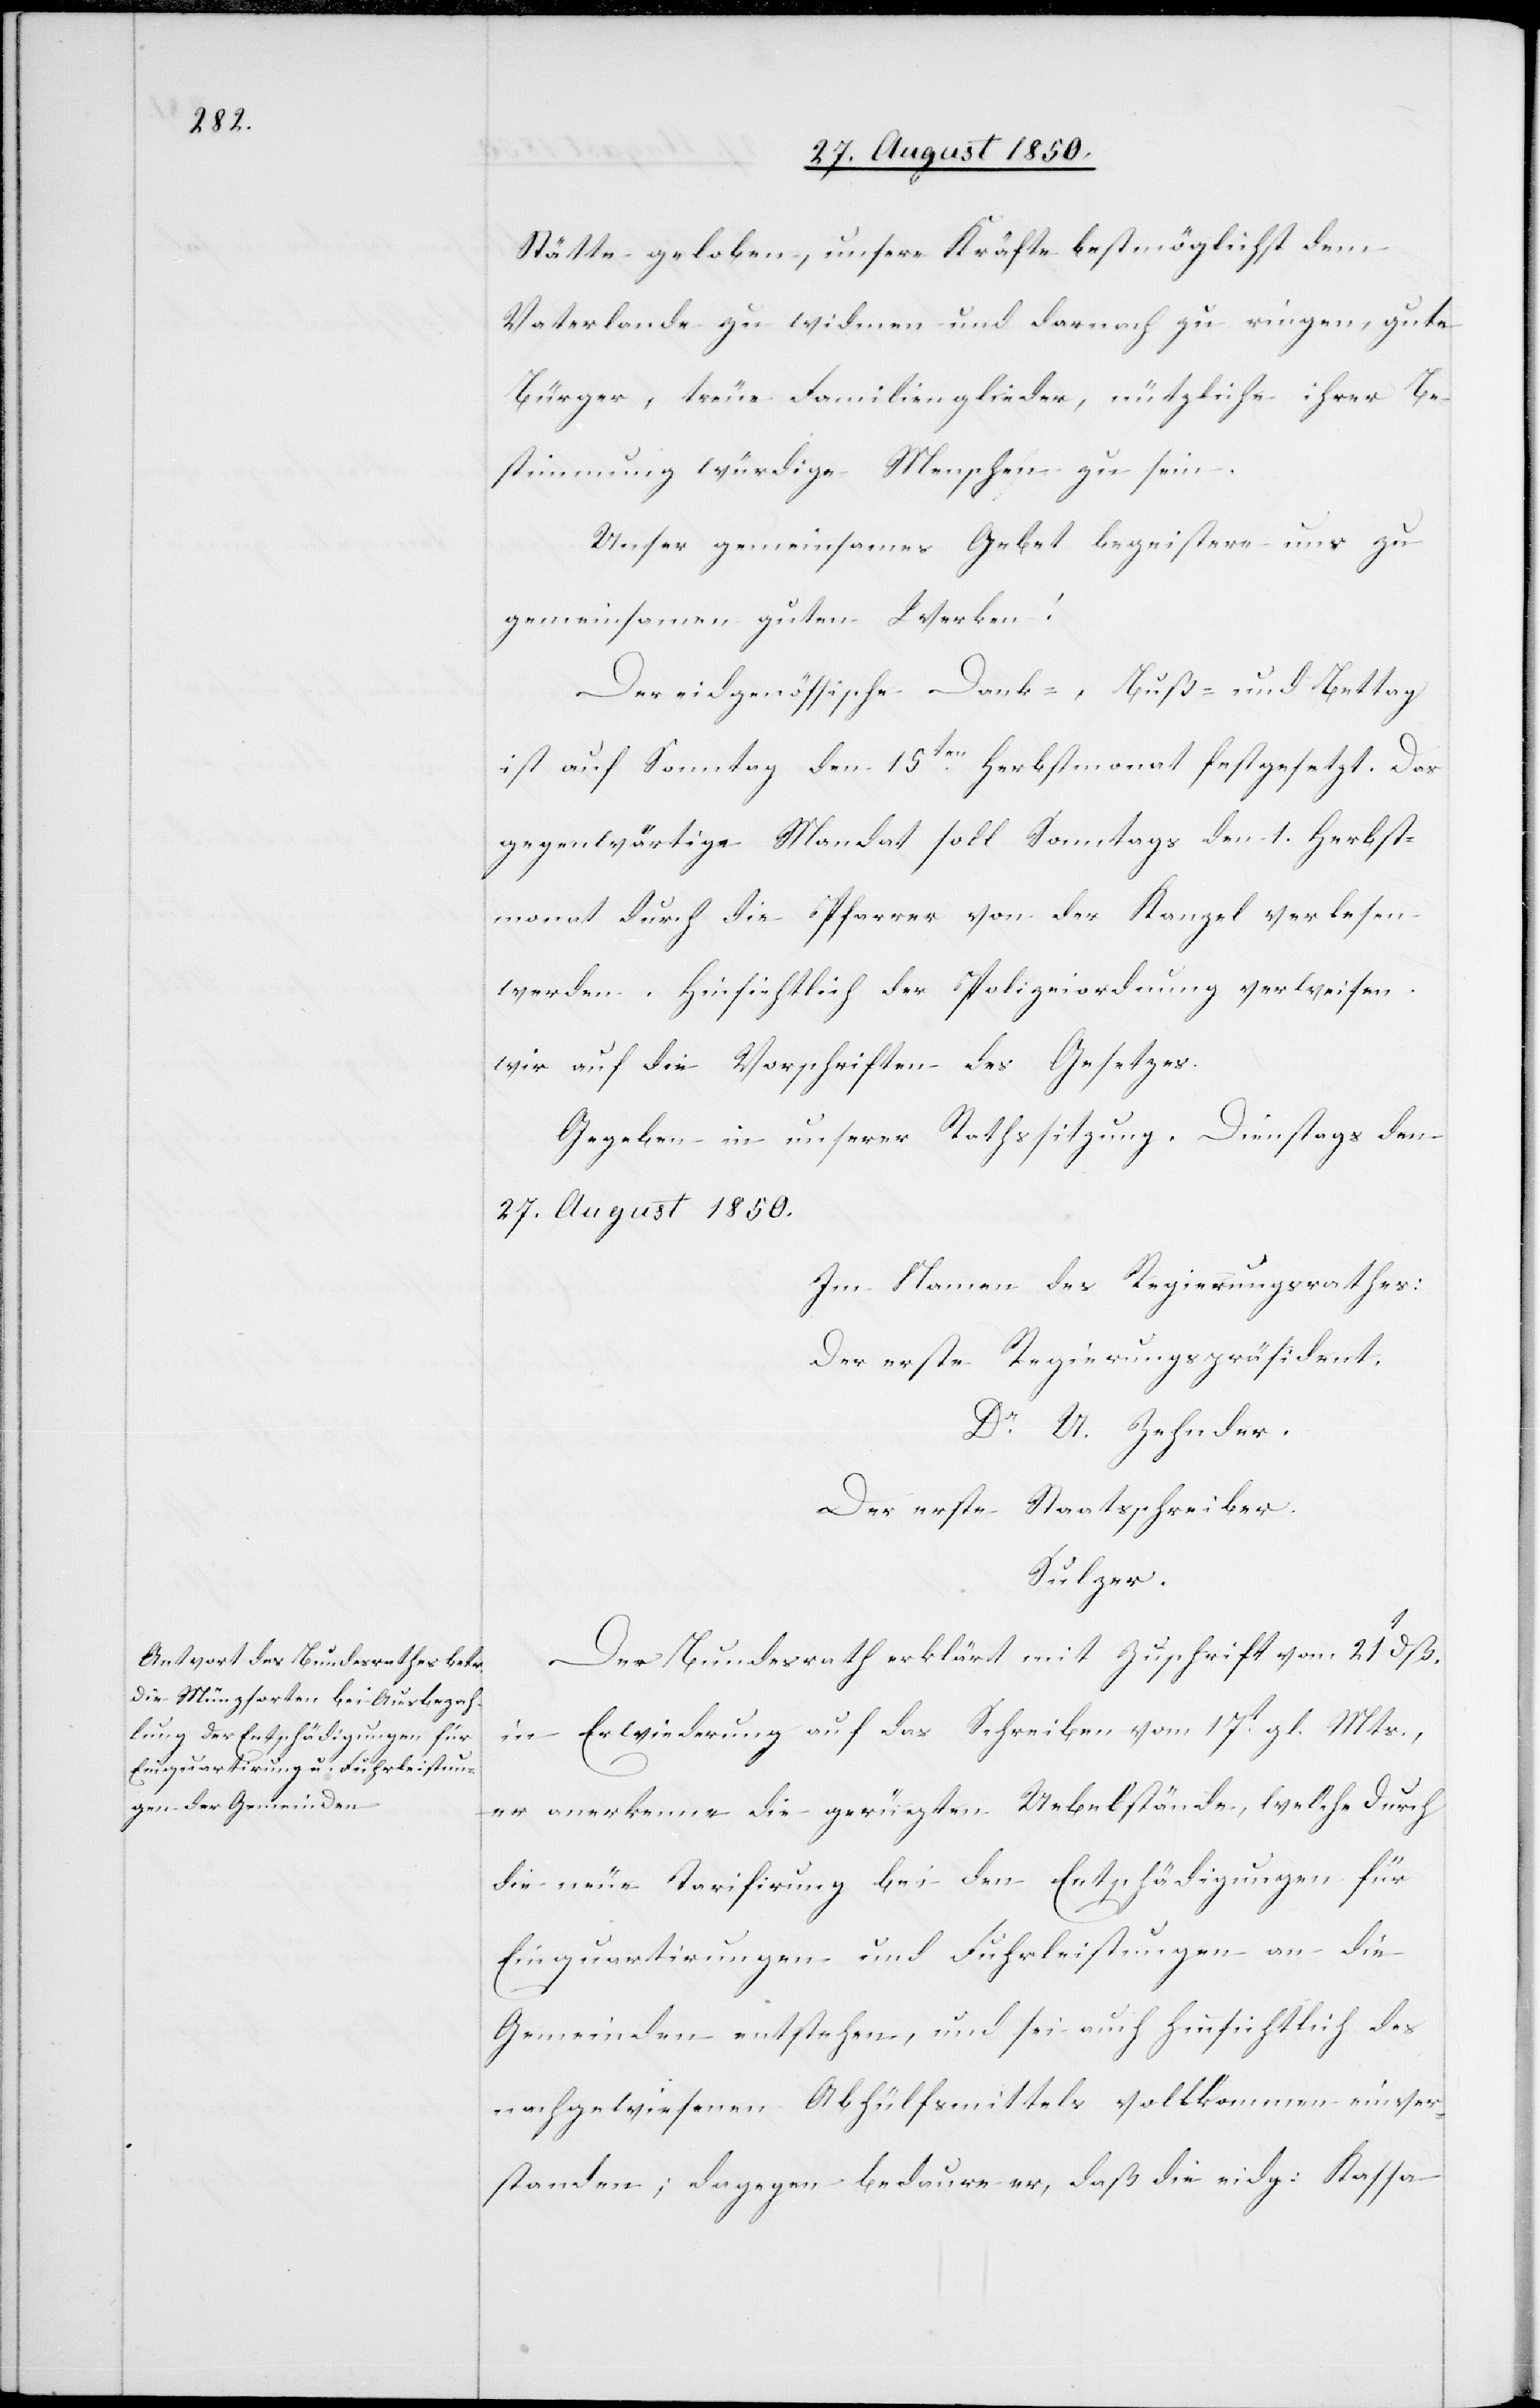
Stätte geloben, unsere Kräfte bestmöglichst dem
Vaterlande zu widmen und darnach zu ringen, gute
Bürger, treue Familienglieder, nützliche ihrer Be¬
stimmung würdige Menschen zu sein.
Unser gemeinsames Gebet begeistere uns zu
gemeinsamen guten Werken!
Der eidgenössische Dank-, Buß- und Bettag
ist auf Sonntag den 15ten Herbstmonat festgesetzt. Das
gegenwärtige Mandat soll Sonntags den 1. Herbst¬
monat durch die Pfarrer von der Kanzel verlesen
werden. Hinsichtlich der Polizeiordnung verweisen
wir auf die Vorschriften des Gesetzes.
Gegeben in unserer Rathssitzung. Dienstags den
27. August 1850.
Im Namen des Regierungsrathes:
Der erste Regierungspräsident.
Dr U. Zehnder.
Der erste Staatsschreiber.
Sulzer.
Der Bundesrath erklärt mit Zuschrift vom 21t dß.
in Erwiederung auf das Schreiben vom 17t gl. Mts.,
er anerkenne die gerügten Uebelstände, welche durch
die neue Tarifirung bei den Entschädigungen für
Einquartirungen und Fuhrleistungen an die
Gemeinden entstehen, und sei auch hinsichtlich des
nachgewiesenen Abhülfsmittels vollkommen einver¬
standen; dagegen bedaure er, daß die eidg: Kassa